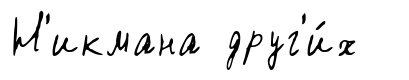
Н'икмана друг'и́х